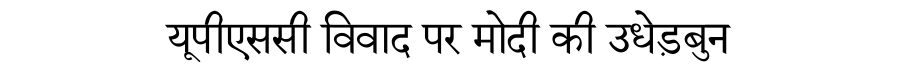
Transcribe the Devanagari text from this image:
यूपीएससी विवाद पर मोदी की उधेड़बुन